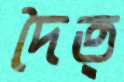
দৈত্